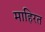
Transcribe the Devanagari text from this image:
माहिरत